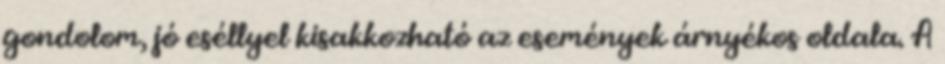
gondolom, jó eséllyel kisakkozható az események árnyékos oldala. A